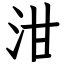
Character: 泔